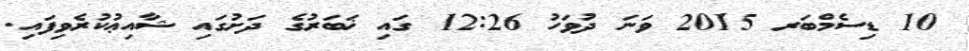
10 ޑިސެމްބަރ 2015 ވަނަ ދުވަހު 12:26 ގައި ޚަބަރުގެ ދަށުގައި ޝާއިޢުކުރެވިފައި.